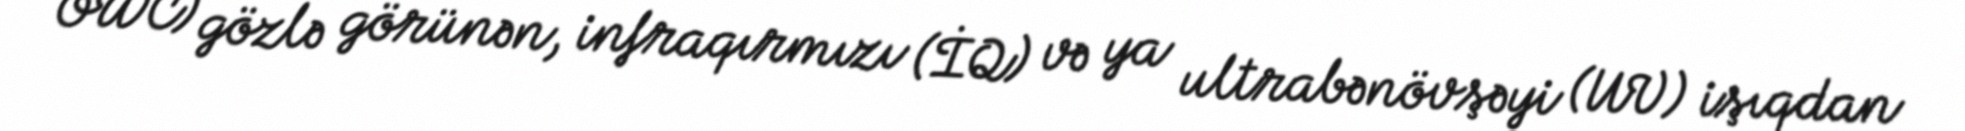
OWC) gözlə görünən, infraqırmızı (İQ) və ya ultrabənövşəyi (UV) işıqdan